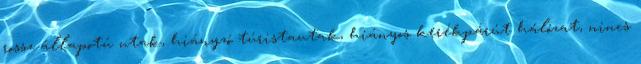
rossz állapotú utak, hiányzó túristautak, hiányos kerékpárút hálózat, nincs